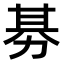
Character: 𭄭